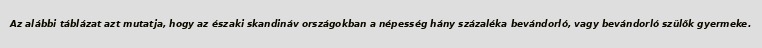
Az alábbi táblázat azt mutatja, hogy az északi skandináv országokban a népesség hány százaléka bevándorló, vagy bevándorló szülők gyermeke.